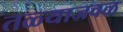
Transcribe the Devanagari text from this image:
तळ्याजवळ